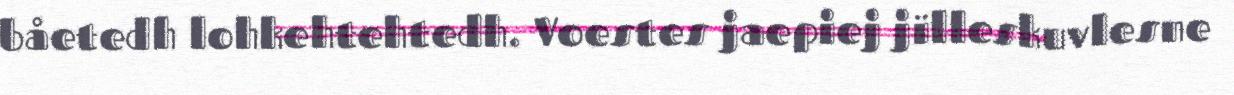
båetedh lohkehtehtedh. Voestes jaepiej jïlleskuvlesne